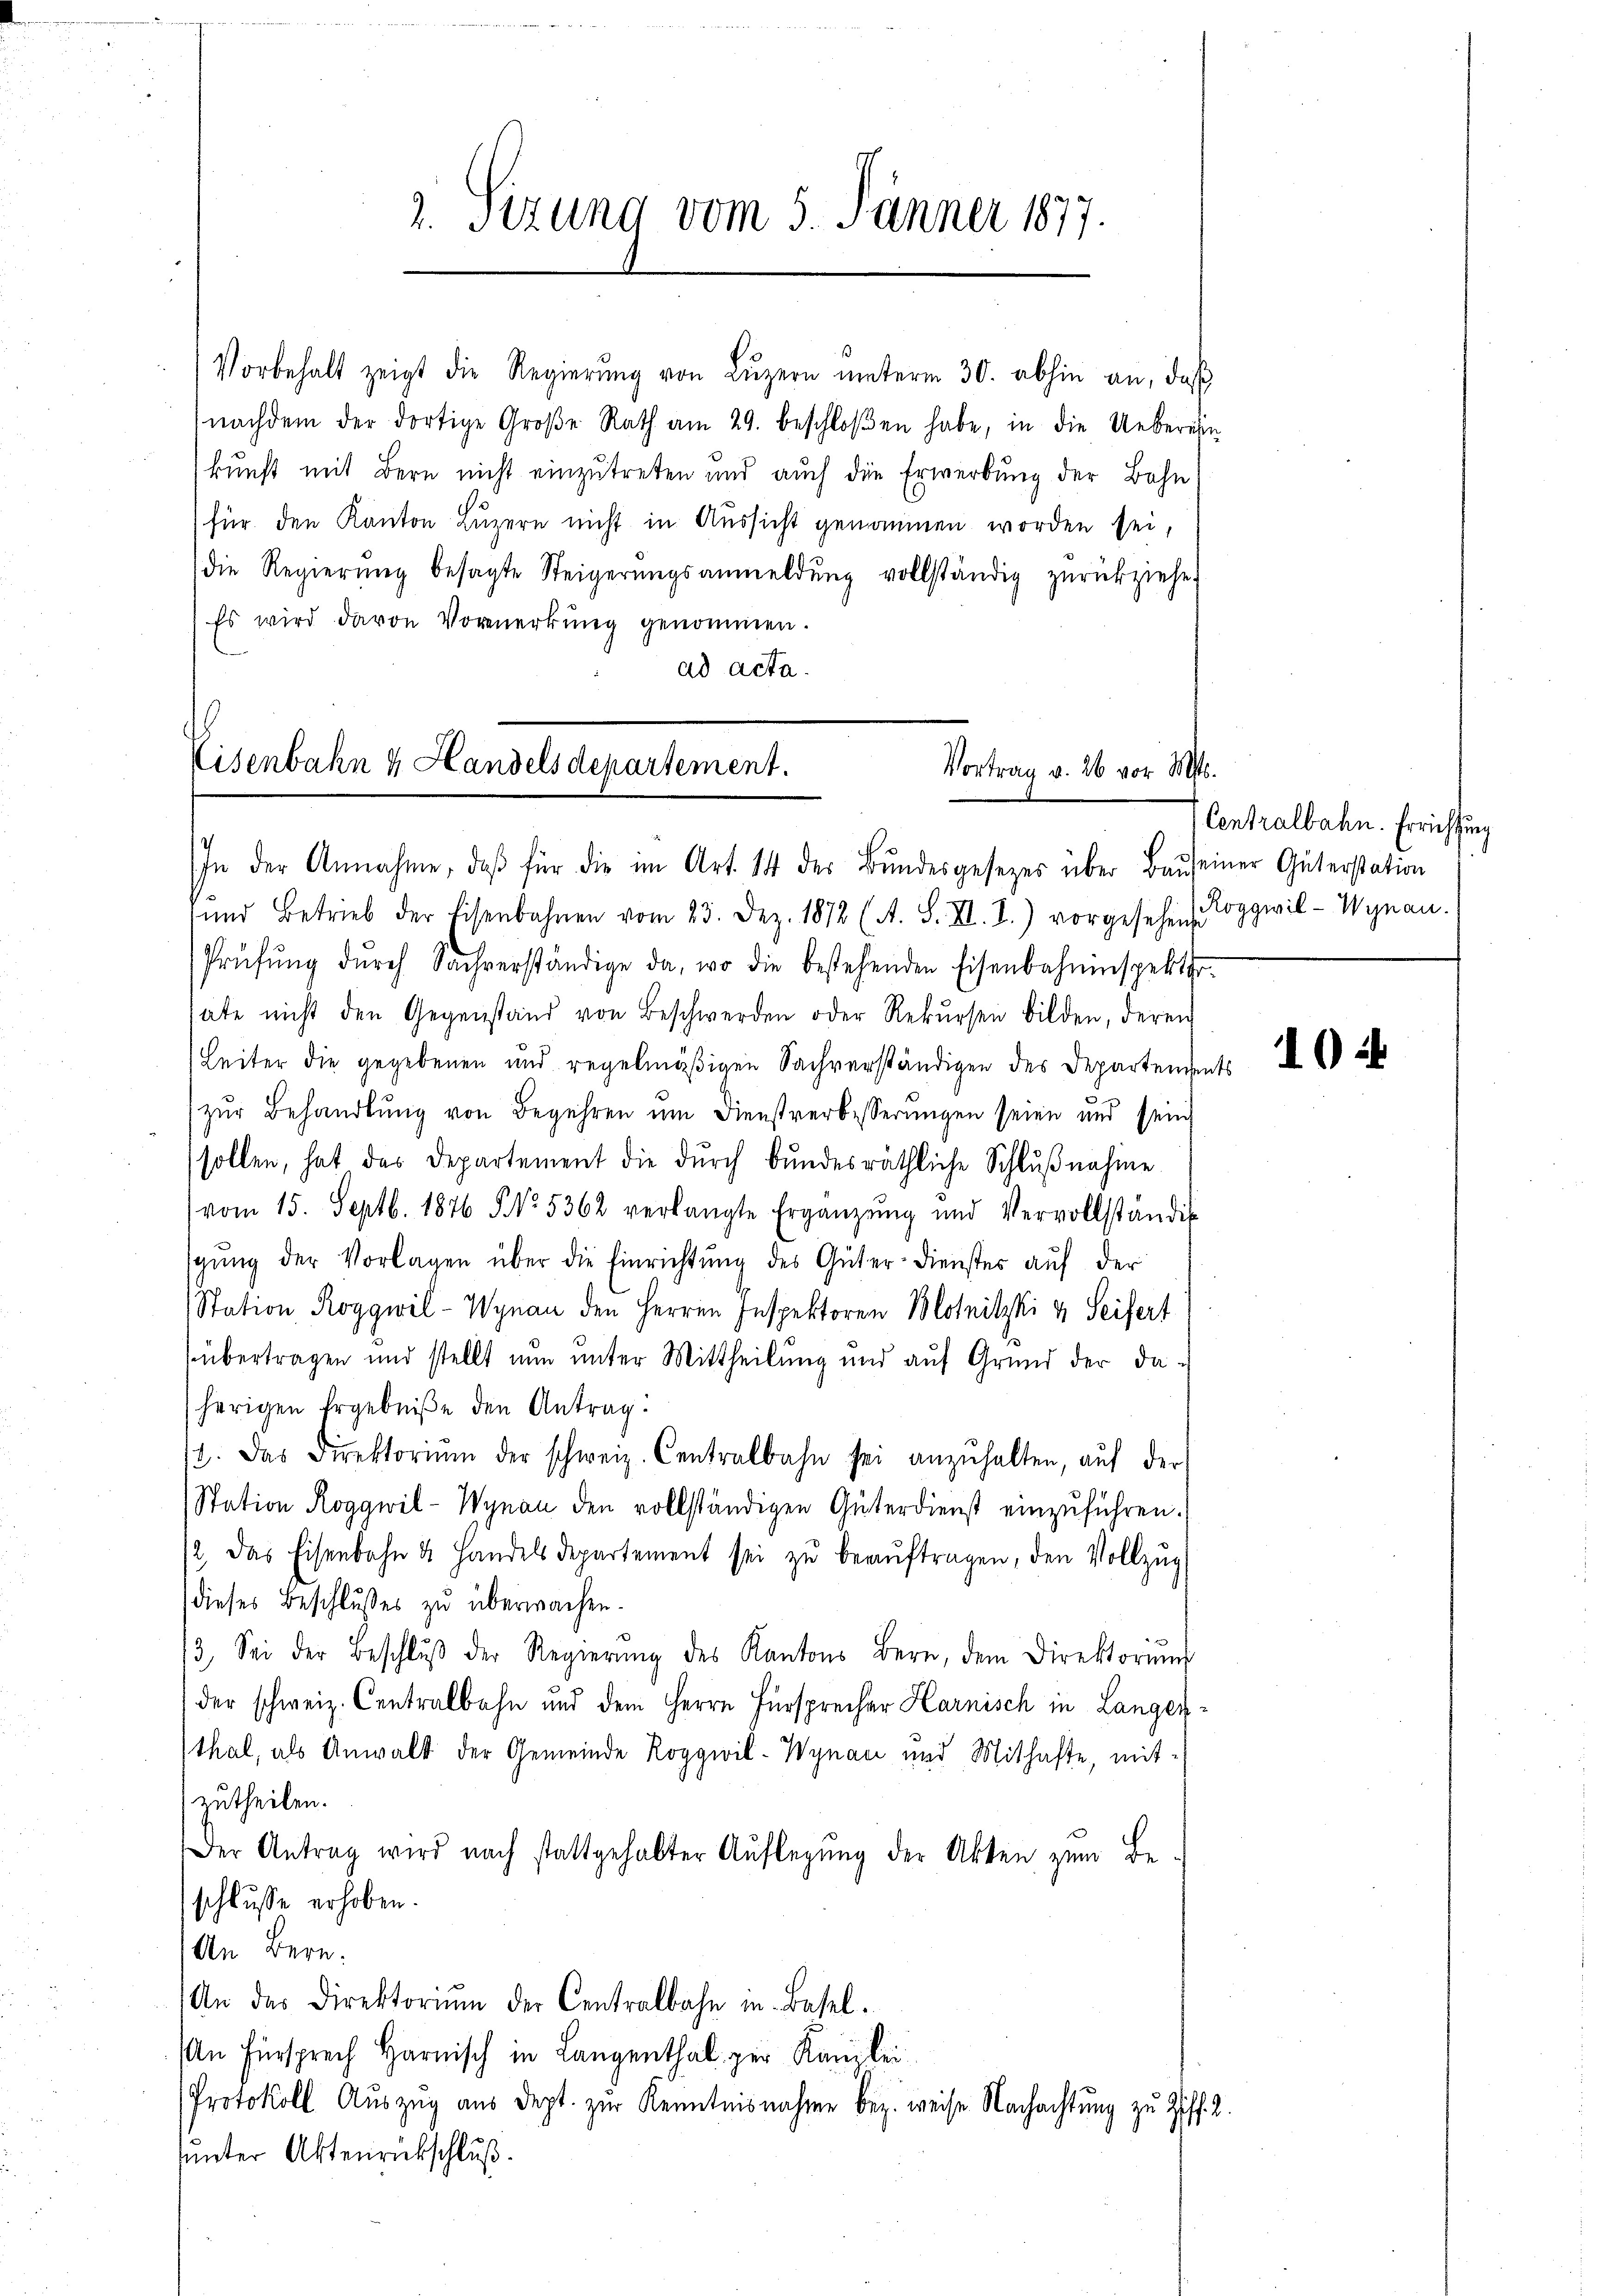
2. Sizung vom 5. Jänner 1877.

Vorbehalt zeigt die Regierŭng von Lŭzern ŭnterm 30. abhin an, daβ
nachdem der dortige Große Rath am 29. beschloßen habe, in die Ueberein
kunft mit Bern nicht einzutreten und auch die Erwerbung der Bahn
für den Kanton Luzern nicht in Aussicht genommen worden sei,
die Regierŭng besagte Steigerŭngsanmeldŭng vollständig zŭrückziehe
Es wird davon Vormerkŭng genommen.
e
ad acta.

Eisenbahn & Handels departement.
Vortrag v. 26 vor M.
In der Annahme, daβ für die im Art. 14 des Bŭndesgesezes über Bauseiner Güterstation

und Betrieb der Eisenbahnen vom 23. Dez. 1872 (A. S. II. I.) vorgesehen Roggwil-Wynau.
Prüfŭng dŭrch Sachverständige da, wo die bestehenden Eisenbahninspektor-
sate nicht den Gegenstand von Beschwerden oder Rekŭrsen bilden, deren
Leiter die gegebenen und regelmäßigen Sachverständigen des Departendents
zŭr Behandlŭng von Begehren ŭm dienstverbesserungen seien und sein
sollen, hat das Departement die durch bundesräthliche Schlŭβnahme
vom 15. Septb. 1876 § No. 5362 verlangte Ergänzŭng und Vervollständis
gŭng der Vorlagen über die Einrichtŭng des Güter-Dienster aŭf der
Station Roggwil-Wynau den Herren Inspektoren Blotnitzki v. Seifert
übertragen und stellt nun unter Mittheilung und aŭf Grund der daherigen Ergebniße den Antrag:
. Das Direktoriŭm der schweiz. Centralbahn sei anzŭhalten, aŭf der
Station Roggwil-Wynau den vollständigen Güterdienst einzuführen.
/2, das Eisenbahn & Handelsdepartement sei zŭ beaŭftragen, den Vollzŭg
dieses Beschlußes zu überwachen.
13. Sei der Beschlŭβ der Regierŭng des Kantons Bern, dem Direktoriŭm
der schweiz. Centralbahn und dem Herrn Fürsprecher Harnisch in Langen
thal, als Anwalt der Gemeinde Roggwil-Wynau und Mithafte, mit
zutheilen.
Der Antrag wird nach stattgehabter Auflegŭng der Akten zum Be
schlusse erhoben.
An Bern.
An das Direktoriŭm der Centralbahn in Basel-
An Fürsprech Harnisch in Langenthal zur Kanzlei
Protokoll Auszug aus dept. zur Kenntnisnahme bez. weise Nachachtung zu Ziff. 2.
sunter Aktenrückschluß.

Centralbahn. Errichtung